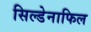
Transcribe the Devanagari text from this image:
सिल्डेनाफिल